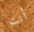
أنت